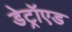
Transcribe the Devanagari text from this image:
डेट्रॉएड